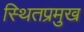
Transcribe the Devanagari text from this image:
स्थितप्रमुख